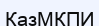
ҚазМҚПИ